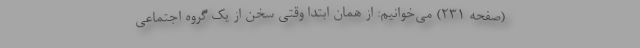
(صفحهٔ ۲۳۱) می‌خوانیم: از همان ابتدا وقتی سخن از یک گروه اجتماعی